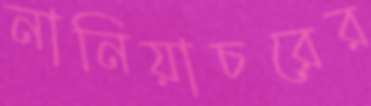
নানিয়াচরের